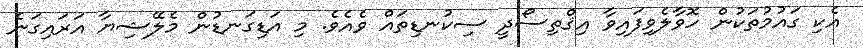
އެކި ގައުމުތަކުން ހޮވާލެވިފައިވާ އިޤްތިސޯދީ ސިކުނޑިތައް ވެއެވެ. މި އަޑިގަނޑުން މެލޭޝިޔާ އަރައިގަނެ